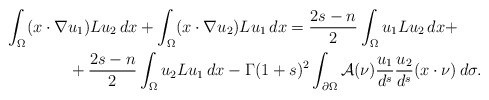
\begin{align*}\int_\Omega(x\cdot\nabla &u_1)Lu_2\, dx+\int_\Omega(x\cdot\nabla u_2)Lu_1\,dx=\frac{2s-n}{2}\int_\Omega u_1Lu_2\, dx+\\&+\frac{2s-n}{2}\int_{\Omega}u_2Lu_1\, dx-\Gamma(1+s)^2\int_{\partial\Omega}\mathcal A(\nu)\frac{u_1}{d^{s}}\frac{u_2}{d^{s}}(x\cdot\nu)\, d\sigma.\end{align*}